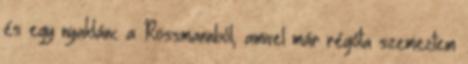
és egy nyaklánc a Rossmannból, amivel már régóta szemeztem